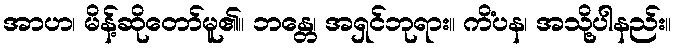
အာဟ၊ မိန့်ဆိုတော်မူ၏။ ဘန္တေ၊ အရှင်ဘုရား။ ကိံပန၊ အသို့ပါနည်း။